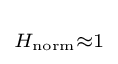
\scriptstyle H_{\mathrm {norm} }\approx 1